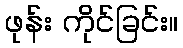
ဖုန်း ကိုင်ခြင်း။